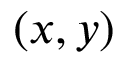
( x , y )